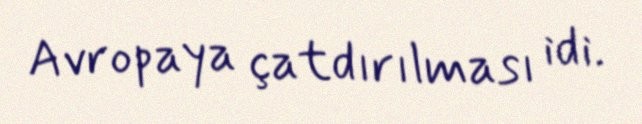
Avropaya çatdırılması idi.